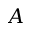
A